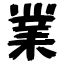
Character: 業